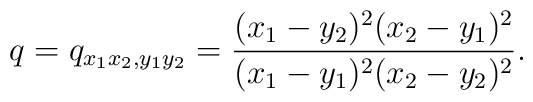
q=q_{x_1 x_2,y_1 y_2}=\frac{(x_1-y_2)^2(x_2-y_1)^2}{(x_1-y_1)^2(x_2-y_2)^2}.